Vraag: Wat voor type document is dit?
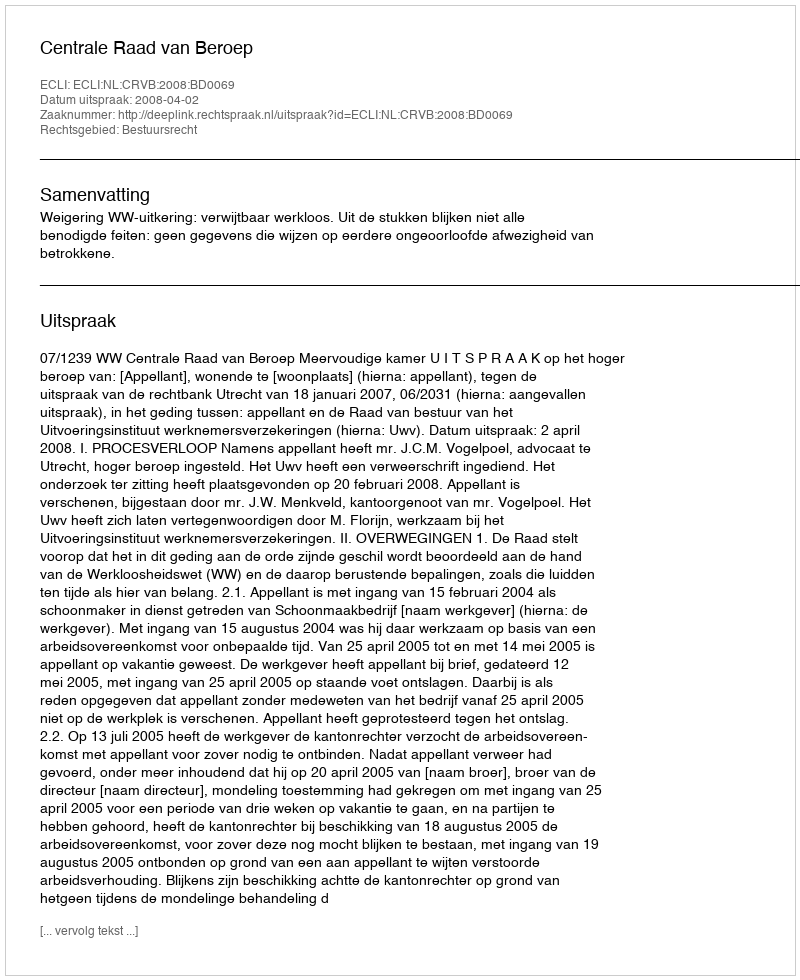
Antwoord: Uitspraak